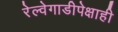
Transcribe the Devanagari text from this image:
रेल्वेगाडीपेक्षाही